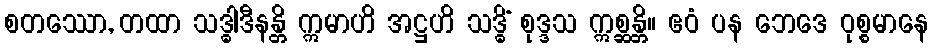
စတဿော, တထာ သဒ္ဓါဒီနန္တိ ဣမာဟိ အဋ္ဌဟိ သဒ္ဓိံ စုဒ္ဒသ ဣစ္ဆန္တိ။ ဧဝံ ပန ဘေဒေ ဝုစ္စမာနေ